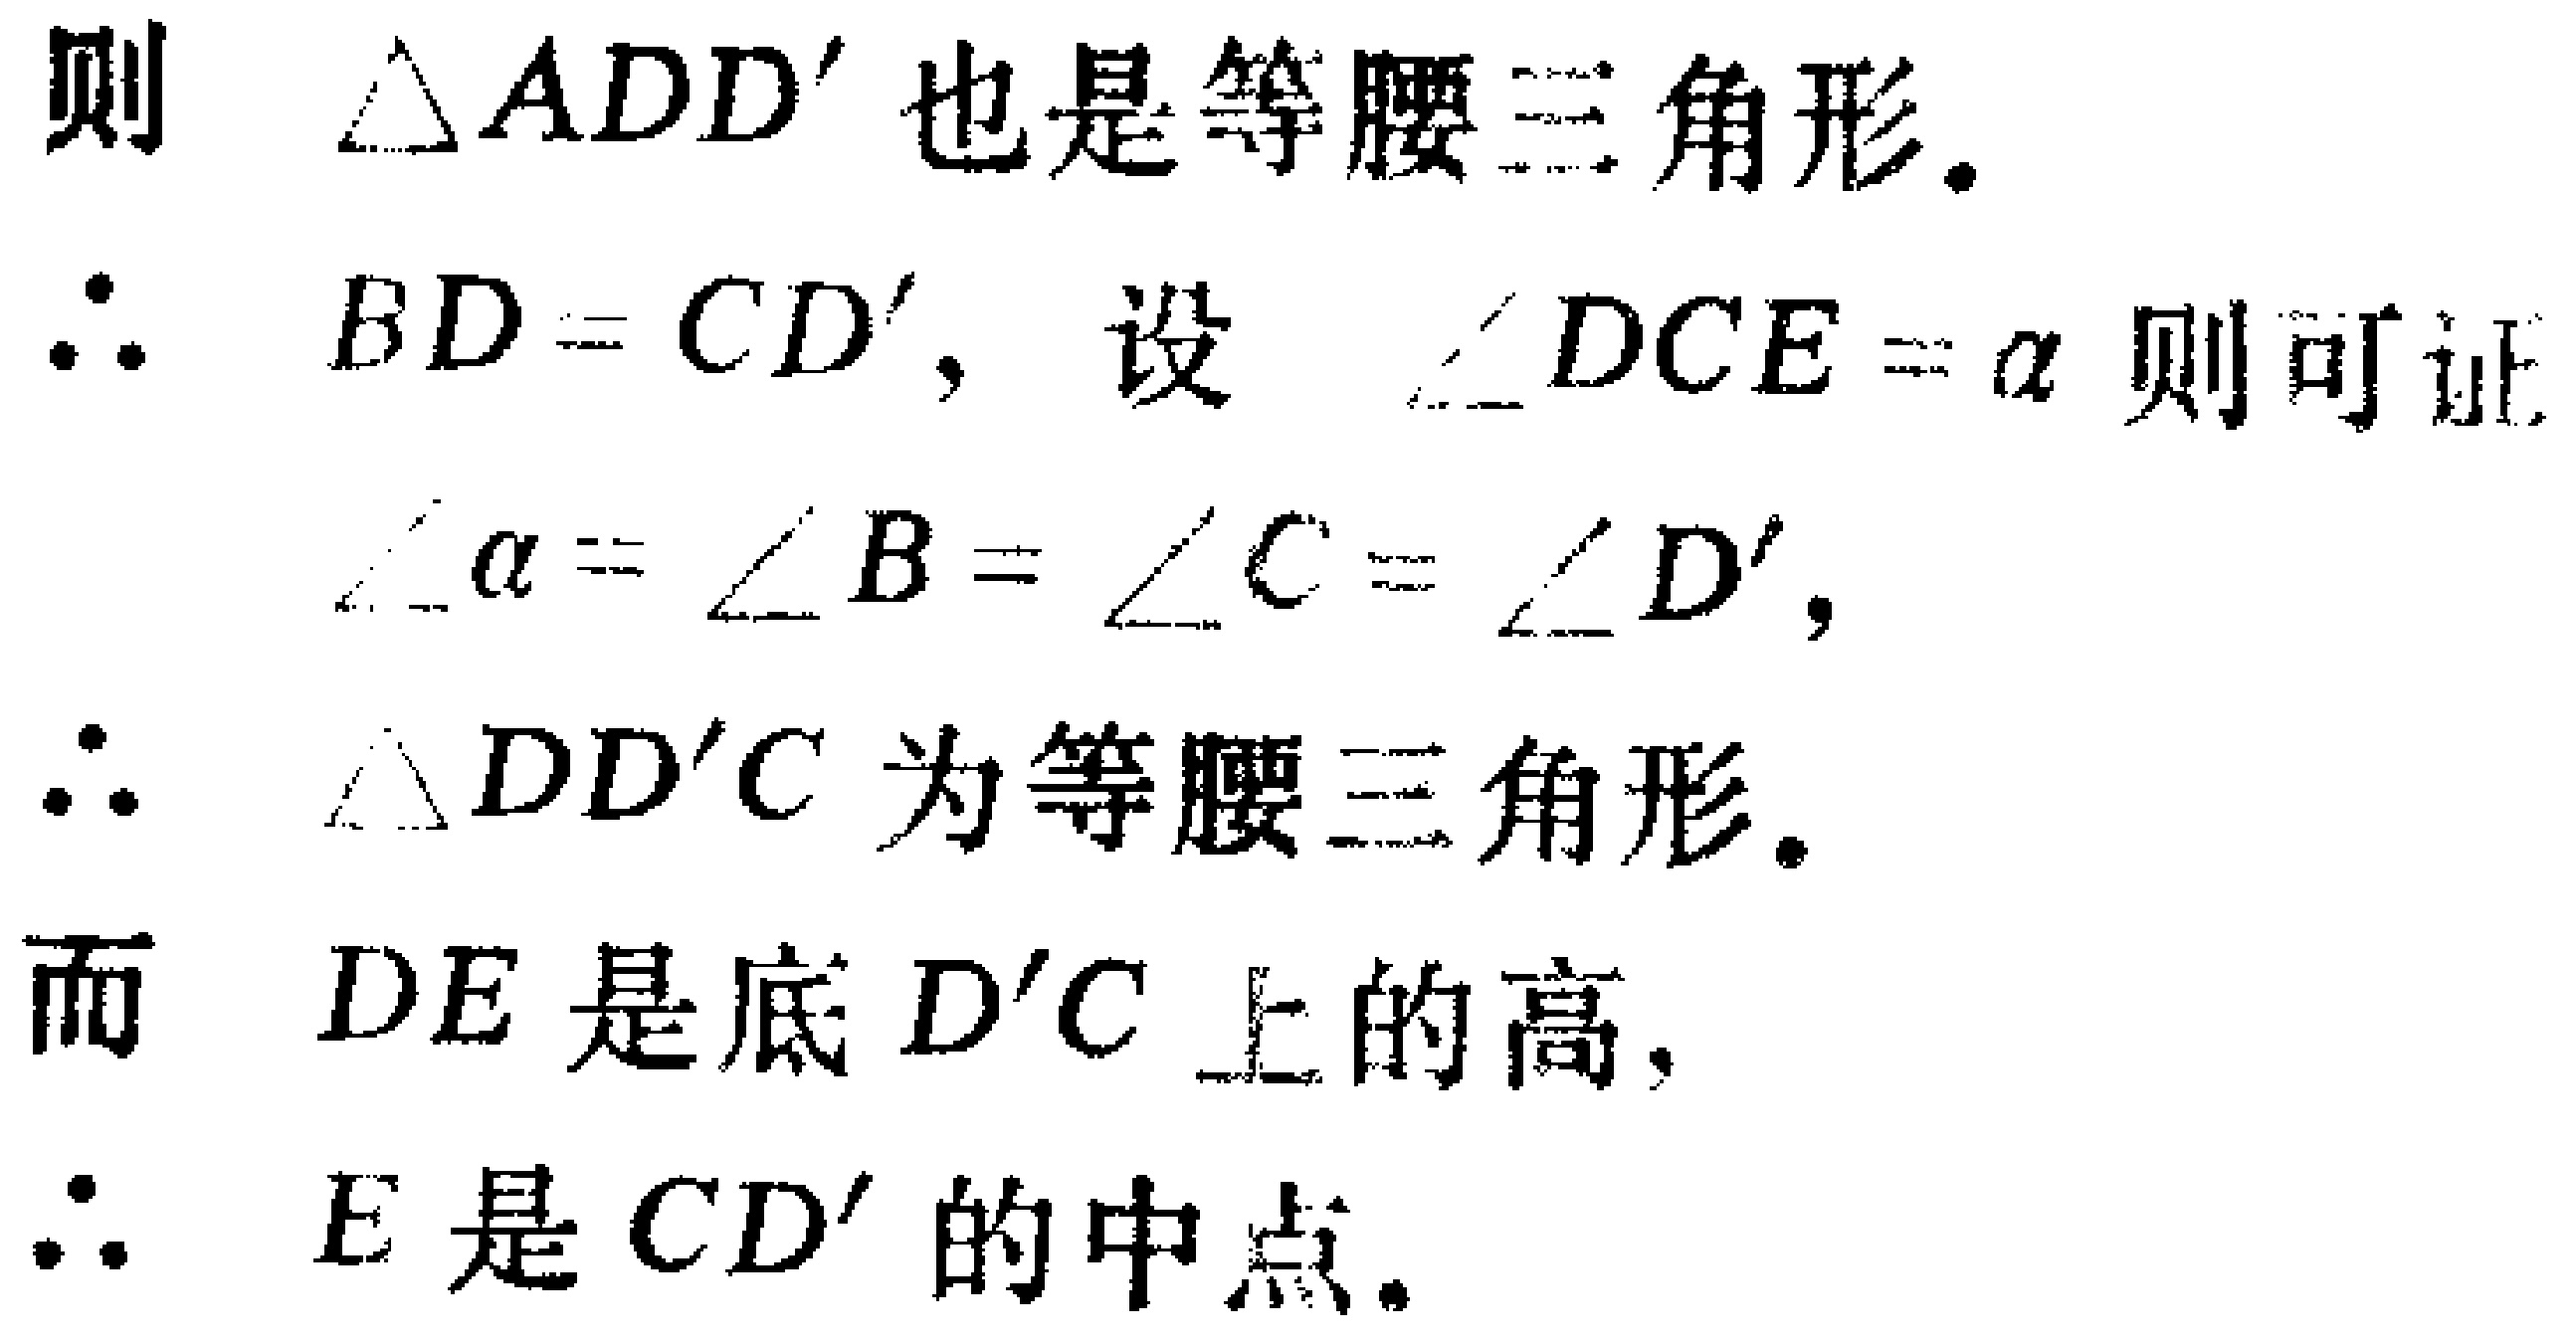
则 $\triangle ADD'$ 也是等腰三角形.
$\therefore BD = CD'$, 设 $\angle DCE = \alpha$ 则可证
$\angle \alpha = \angle B = \angle C = \angle D'$,
$\therefore \triangle DD'C$ 为等腰三角形.
而 $DE$ 是底 $D'C$ 上的高,
$\therefore E$ 是 $CD'$ 的中点.